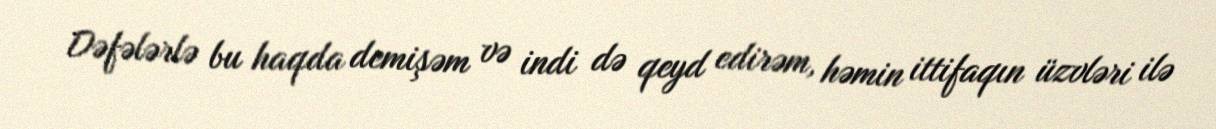
Dəfələrlə bu haqda demişəm və indi də qeyd edirəm, həmin ittifaqın üzvləri ilə